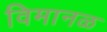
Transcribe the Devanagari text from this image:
विमानळ